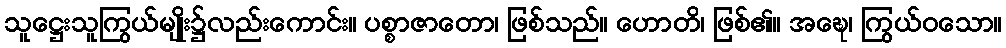
သူဋ္ဌေးသူကြွယ်မျိုး၌လည်းကောင်း။ ပစ္စာဇာတော၊ ဖြစ်သည်။ ဟောတိ၊ ဖြစ်၏။ အဍ္ဎေ၊ ကြွယ်ဝသော။